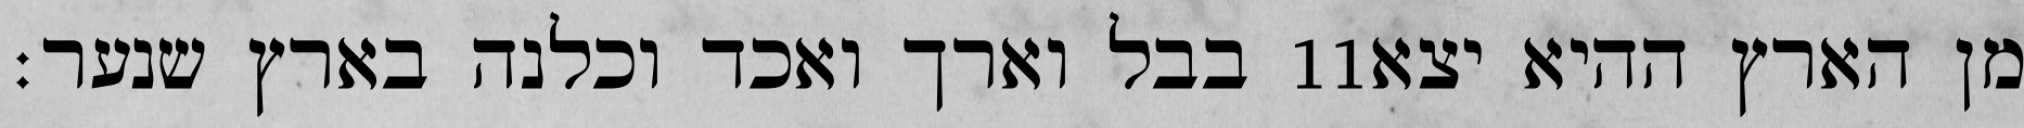
בבל וארך ואכד וכלנה בארץ שנער׃ ‎11‏ מן הארץ ההיא יצא